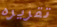
تقريره